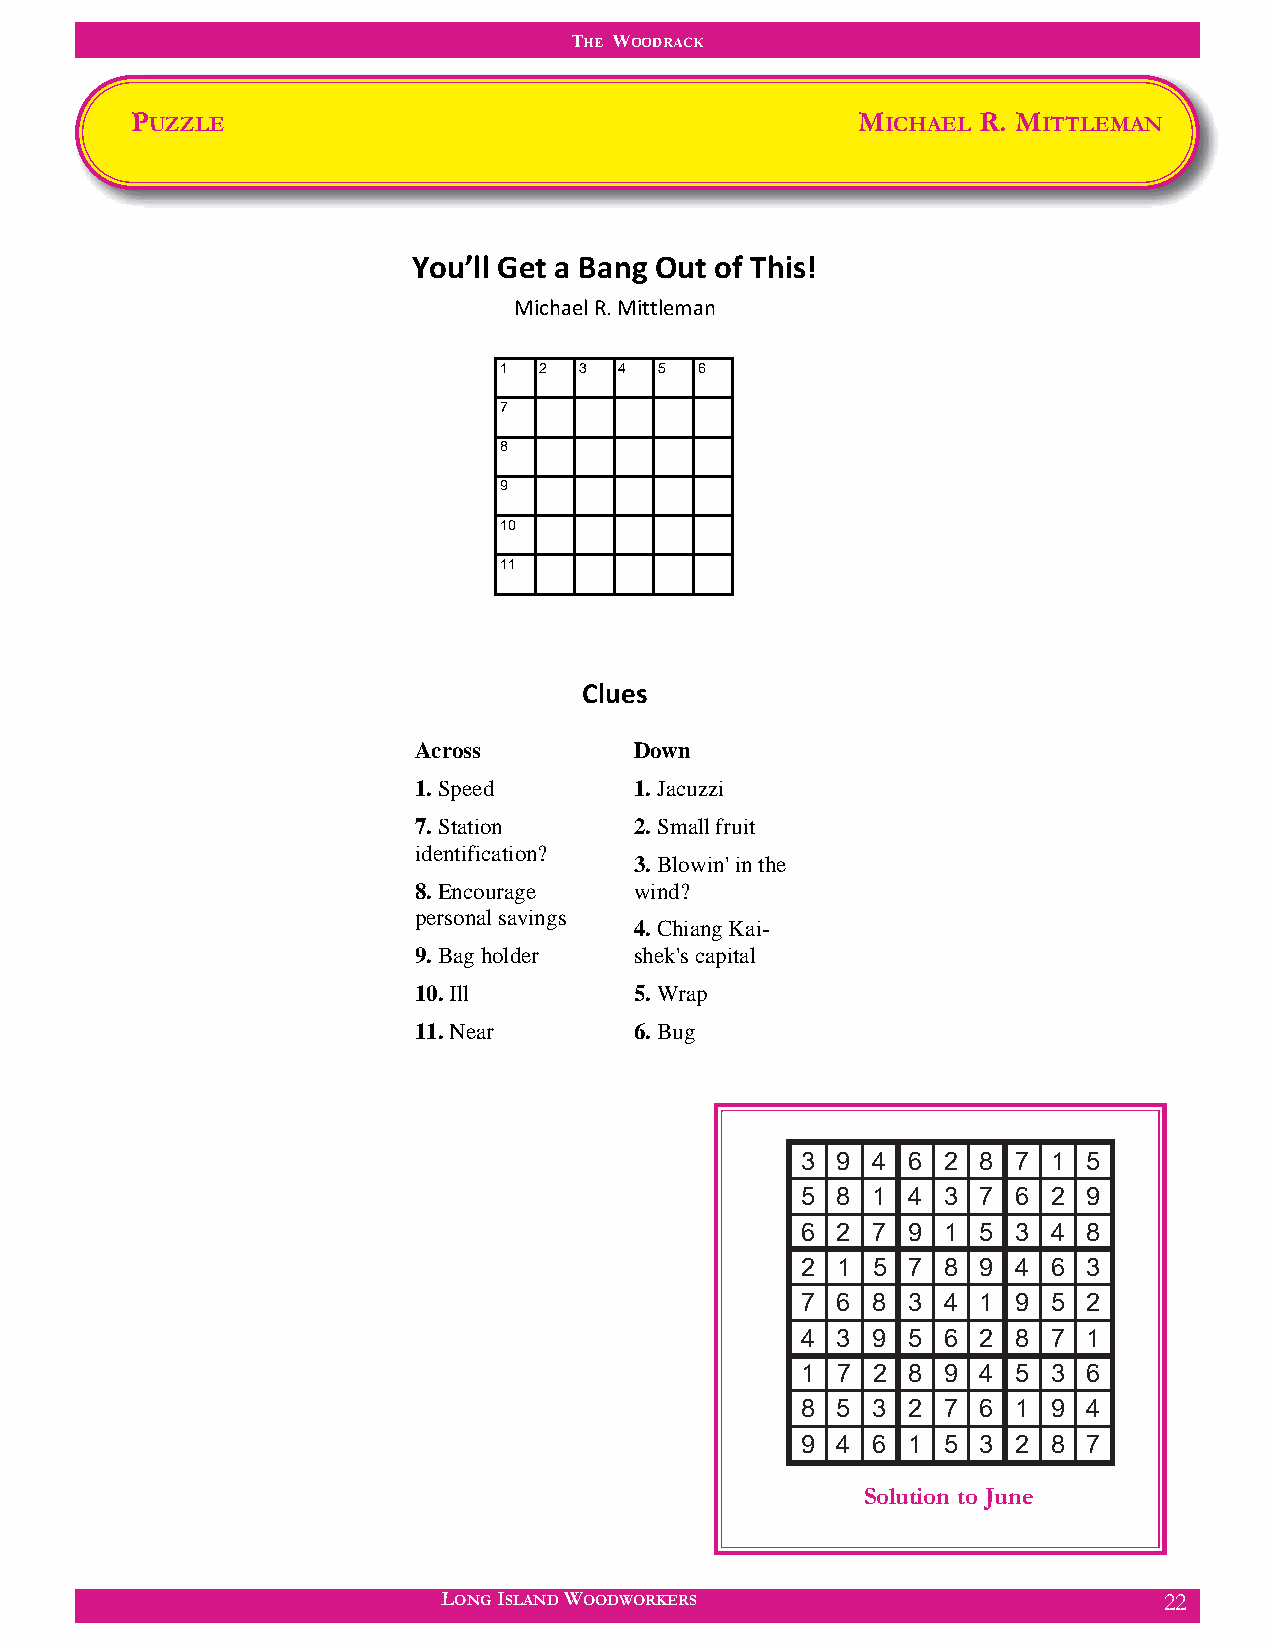
THE WOODRACK
 PUZZLE                                          MICHAEL R. MITTLEMAN
 You’ll Get a Bang Out of This!
 Michael R. Mittleman
 1  2 3  4  5 6
 7
 8
 9
 10
 11
 Clues
 Across         Down
 1. Speed       1. Jacuzzi
 7. Station     2. Small fruit
 identification?
 3. Blowin' in the
 8. Encourage   wind?
 personal savings
 4. Chiang Kai-
 9. Bag holder  shek's capital
 10. Ill        5. Wrap
 11. Near       6. Bug
 3 9  4 6 2  8 7  1 5
 5 8  1 4 3  7 6  2 9
 6 2  7 9 1  5 3  4 8
 2 1  5 7 8  9 4  6 3
 7 6  8 3 4  1 9  5 2
 4 3  9 5 6  2 8  7 1
 1 7  2 8 9  4 5  3 6
 8 5  3 2 7  6 1  9 4
 9 4  6 1 5  3 2  8 7
 Solution to June
 LONG ISLAND WOODWORKERS                         22